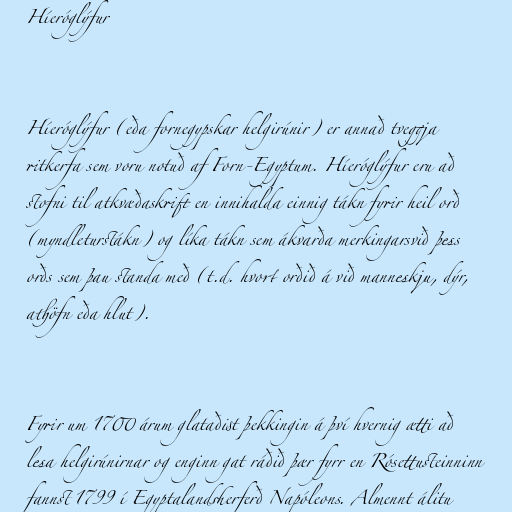
Híeróglýfur

Híeróglýfur (eða fornegypskar helgirúnir) er annað tveggja
ritkerfa sem voru notuð af Forn-Egyptum. Híeróglýfur eru að
stofni til atkvæðaskrift en innihalda einnig tákn fyrir heil orð
(myndleturstákn) og líka tákn sem ákvarða merkingarsvið þess
orðs sem þau standa með (t.d. hvort orðið á við manneskju, dýr,
athöfn eða hlut).

Fyrir um 1700 árum glataðist þekkingin á því hvernig ætti að
lesa helgirúnirnar og enginn gat ráðið þær fyrr en Rósettusteinninn
fannst 1799 í Egyptalandsherferð Napóleons. Almennt álitu